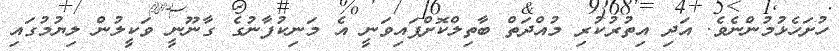
ހުށަހެޅުމުންނެވެ. އަދި އިތުރުކުރި މުއްދަތް ބާތިލްކޮށްފައިވަނީ އެ މަނިކުފާނުގެ ގާނޫނީ ވަކީލުން ލިޔުމުގައި